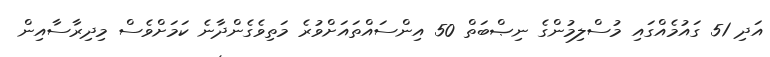
އަދި 51 ގައުމެއްގައި މުސްލިމުންގެ ނިޞްބަތް 50 އިންސައްތައަށްވުރެ މަތިވެގެންދާނެ ކަމަށްވެސް މިދިރާސާއިން